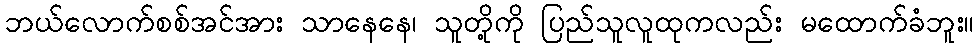
ဘယ်လောက်စစ်အင်အား သာနေနေ၊ သူတို့ကို ပြည်သူလူထုကလည်း မထောက်ခံဘူး။